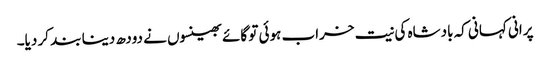
پرانی کہانی کہ بادشاہ کی نیت خراب ہوئی تو گائے بھینسوں نے دودھ دینا بند کر دیا۔